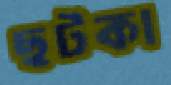
ছটকা